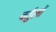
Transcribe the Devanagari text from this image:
वर्तुलों